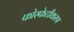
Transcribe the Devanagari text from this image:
फोस्फेटीकरण